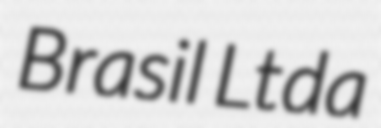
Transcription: Brasil Ltda